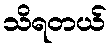
သိရတယ်